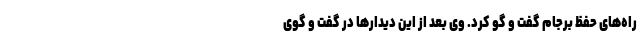
راه‌های حفظ برجام گفت و گو کرد. وی بعد از این دیدارها در گفت و گوی